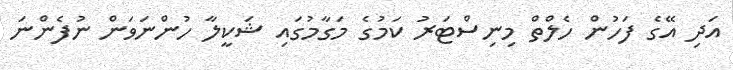
އަދި އޭގެ ފަހުން ހެލްތް މިނިސްޓަރު ކަމުގެ މަގާމުގައި ޝަކީލާ ހުންނަަވަން ނުފެންނަ